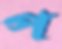
প